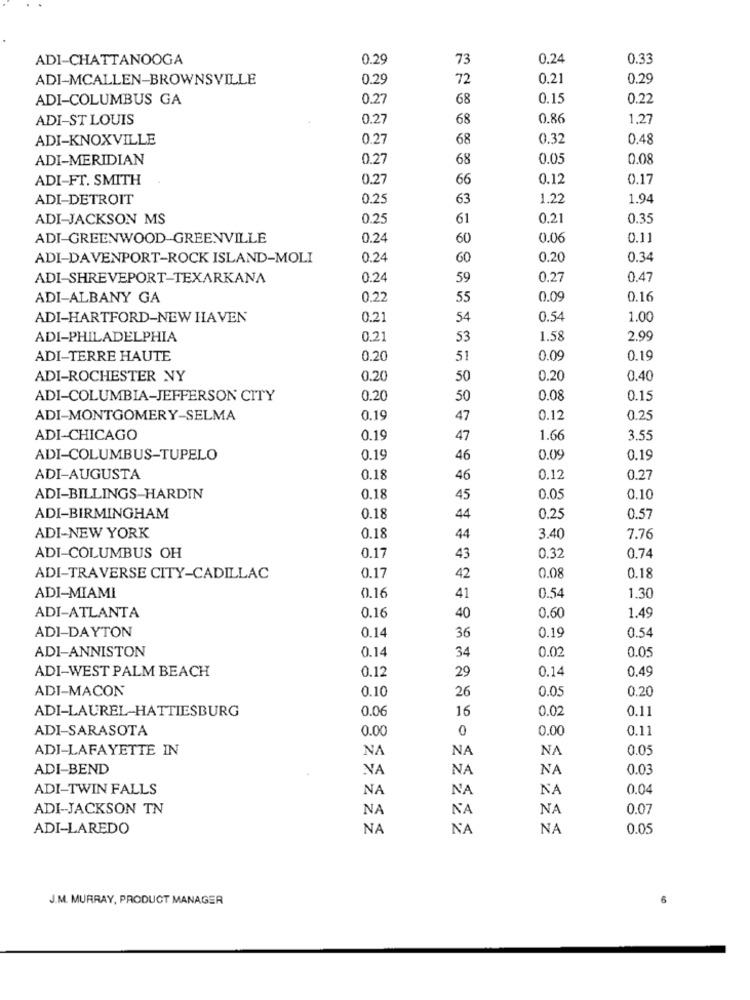
ADI-CHATTANOOGA
0.29
73
0.24
0.33
ADI-MCALLEN-BROWNSVILLE
0.29
72
0.21
0.29
ADI-COLUMBUS GA
0.27
68
0.15
0.22
ADI-ST LOUIS
0.27
68
0.86
1.27
ADI-KNOXVILLE
0.27
68
0.32
0.48
ADI-MERIDIAN
0.27
68
0.05
0.08
ADI-FT. SMITH
0.27
66
0.12
0.17
ADI-DETROIT
0.25
63
1.22
1.94
ADI-JACKSON MS
0.25
61
0,21
0.35
ADI-GREENWOOD-GREENVILLE
0.24
60
0.06
0.1.
ADI-DAVENPORT-ROCK ISLAND-MOLI
0.24
60
0.20
0.34
ADI-SHREVEPORT-TEXARKANA
0.24
59
0.27
0.47
ADI-ALBANY GA
0.22
55
0.09
0.16
ADI-HARTFORD-NEW HAVEN
0.21
54
0.54
1.00
ADI-PHILADELPHIA
0.21
53
1.58
2.99
ADI-TERRE HAUTE
0.20
51
0.09
0.19
ADI-ROCHESTER NY
0.20
50
0.20
0.40
ADI-COLUMBIA-JEFFERSON CITY
0.20
50
0.08
0.15
ADI-MONTGOMERY-SELMA
0.19
47
0.12
0.25
ADI-CHICAGO
0.19
47
1.66
3.55
ADI-COLUMBUS-TUPELO
0.19
46
0.09
0.19
ADI-AUGUSTA
0.18
46
0.12
0.27
ADI-BILLINGS HARDIN
0.18
45
0.05
0.10
ADI-BIRMINGHAM
0.18
44
0.25
0.57
ADI-NEW YORK
0.18
44
3.40
7.76
0.1
ADI-COLUMBUS OH
43
0.32
0.74
42
ADI-TRAVERSE CITY-CADILLAC
0.17
0.08
0.18
41
ADI-MIAMI
0.16
0.54
1.30
40
ADI-ATLANTA
0.16
0.60
1.49
ADI-DAYTON
0.14
36
0.19
0.54
0.14
0.02
0.05
ADI-ANNISTON
34
ADI-WEST PALM BEACH
0.12
29
0.14
0.49
ADI-MACON
0.10
26
0.05
0.20
ADI-LAUREL-HATTIESBURG
0.06
16
0.02
0.11
ADI-SARASOTA
0.00
0
0.00
0.11
ADI-LAFAYETTE IN
NA
NA
NA
0.05
ADI-BEND
NA
NA
NA
0.03
ADI-TWIN FALLS
NA
NA
NA
0.04
ADI-JACKSON TN
NA
NA
NA
0.07
ADI-LAREDO
NA
NA
NA
0.05
J.M. MURRAY, PRODUCT MANAGER